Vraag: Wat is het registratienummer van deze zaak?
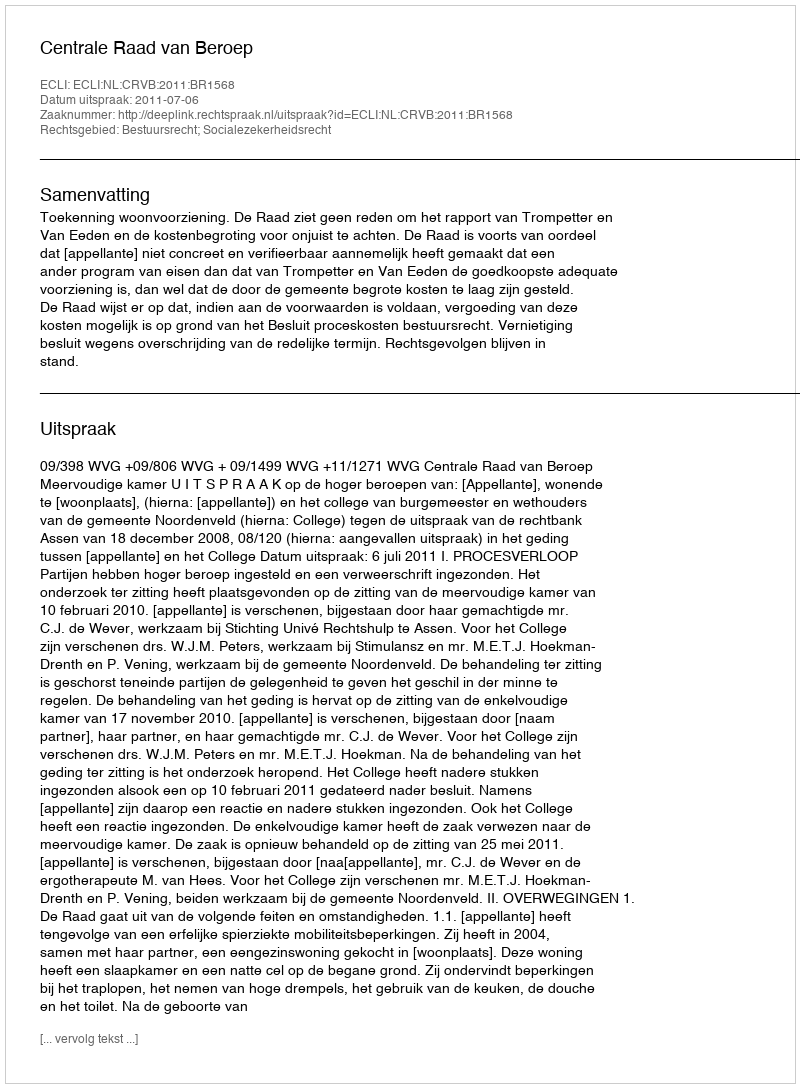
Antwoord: http://deeplink.rechtspraak.nl/uitspraak?id=ECLI:NL:CRVB:2011:BR1568